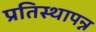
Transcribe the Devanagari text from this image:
प्रतिस्थापन्न